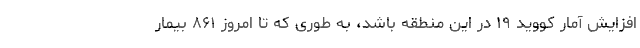
افزایش آمار کووید ۱۹ در این منطقه باشد، به طوری که تا امروز ۸۶۱ بیمار